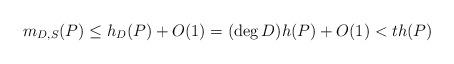
LaTeX: \begin{align*}m_{D,S}(P)\leq h_D(P)+O(1)=(\deg D)h(P)+O(1)<th(P) \end{align*}